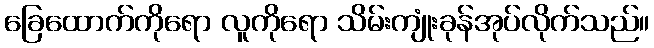
ခြေထောက်ကိုရော လူကိုရော သိမ်းကျုံးခုန်အုပ်လိုက်သည်။